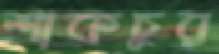
শাকচুর